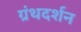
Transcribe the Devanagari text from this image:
ग्रंथदर्शन